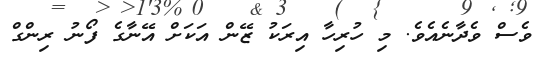
ވެސް ވެދާނެއެވެ. މި ހުރިހާ އިރަކު ޒޭން އަކަށް އޭނާގެ ފޯނު ރިންގް